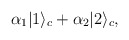
\begin{align*}\alpha_1 |1\rangle_c + \alpha_2 |2\rangle_c,\end{align*}